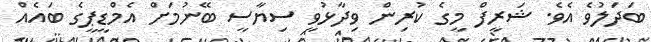
ބަދަލުވެ އެވެ. ޝަރީފް މީގެ ކުރިން ވިދާޅުވީ ސިޔާސީ ބޭނުމަށް އެމްޑީޕީގެ ބައެއް